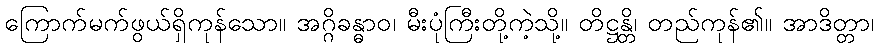
ကြောက်မက်ဖွယ်ရှိကုန်သော။ အဂ္ဂိခန္ဓာဝ၊ မီးပုံကြီးတို့ကဲ့သို့။ တိဋ္ဌန္တိ၊ တည်ကုန်၏။ အာဒိတ္တာ၊